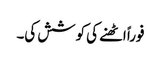
فوراً اٹھنے کی کوشش کی۔